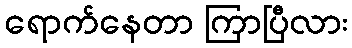
ရောက်နေတာ ကြာပြီလား